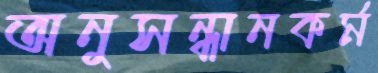
অনুসন্ধানকর্ম